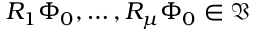
R _ { 1 } \Phi _ { 0 } , \ldots , R _ { \mu } \Phi _ { 0 } \in \mathfrak { V }